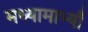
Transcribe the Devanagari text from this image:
मध्यामाभ्याँ